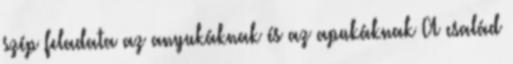
szép feladata az anyukáknak és az apukáknak A család